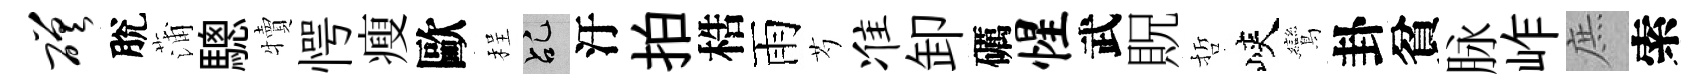
磋脫蒲驄犢愕瘦歐程乩汙拍梏雨芍准卸礪惺武貺哲峽鸞卦貧脉岞庶索